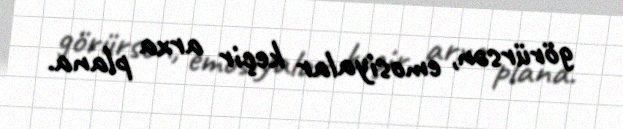
görürsən, emosiyalar keçir arxa plana.